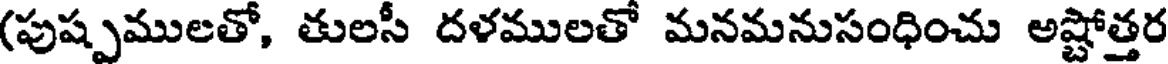
(పుష్పములతో, తులసీ దళములతో మనమనుసంధించు అష్టోత్తర